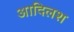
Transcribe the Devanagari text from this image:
आदिलश